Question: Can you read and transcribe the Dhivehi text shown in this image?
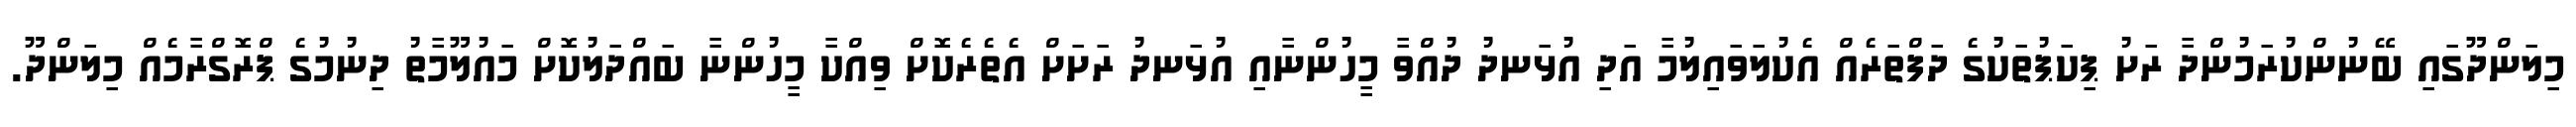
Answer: މިލަންދޫގައި ބޭނުންކުރަމުންދާ ރަށު ޕިކަޕުތަކުގެ ދަފްތަރެއް އެކުލަވައިލުމާ އަދި އުޅަނދު ދުއްވާ މީހުންނާއި އުޅަނދު ރަށަށް އެތެރެކޮށް ވިއްކާ މީހުންނާ ބައްދަލުކޮށް މައުލޫމާތު ދިނުމުގެ ޕްރޮގްރާމެއް މިލަންދޫ.